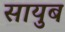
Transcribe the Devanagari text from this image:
सायुब